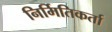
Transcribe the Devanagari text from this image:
निर्मितिकर्ता